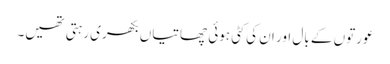
عورتوں کے بال اور ان کی کٹی ہوئی چھاتیاں بکھری رہتی تھیں۔